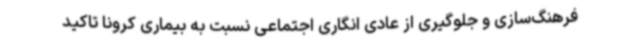
فرهنگ‌سازی و جلوگیری از عادی انگاری اجتماعی نسبت به بیماری کرونا تاکید